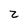
Character: 2